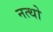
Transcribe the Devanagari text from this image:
नत्थो